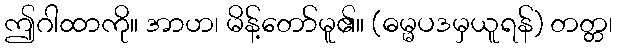
ဤဂါထာကို။ အာဟ၊ မိန့်တော်မူ၏။ (ဓမ္မပဒမှယူရန်) တတ္တ၊